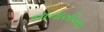
નાનાખોખરા